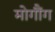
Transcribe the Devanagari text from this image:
मोगौंग